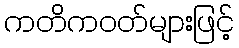
ကတိကဝတ်များဖြင့်